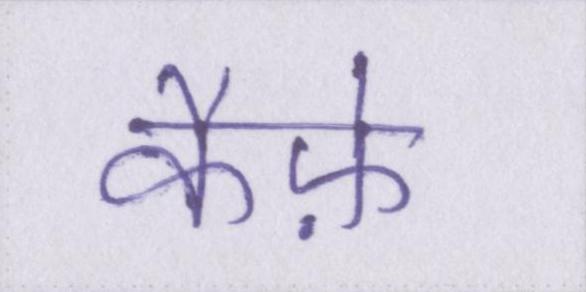
कैफ़े